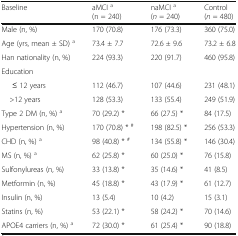
<table><thead><tr><td><b>Baseline</b></td><td><b>aMCI <sup>a</sup>(n = 240)</b></td><td><b>naMCI <sup>a</sup>(<i>n</i> = 240)</b></td><td><b>Control(<i>n</i> = 480)</b></td></tr></thead><tbody><tr><td>Male (n, %)</td><td>170 (70.8)</td><td>176 (73.3)</td><td>360 (75.0)</td></tr><tr><td>Age (yrs, mean ± SD) <sup>a</sup></td><td>73.4 ± 7.7</td><td>72.6 ± 9.6</td><td>73.2 ± 6.8</td></tr><tr><td>Han nationality (n, %)</td><td>224 (93.3)</td><td>220 (91.7)</td><td>460 (95.8)</td></tr><tr><td colspan="4">Education</td></tr><tr><td>≤ 12 years</td><td>112 (46.7)</td><td>107 (44.6)</td><td>231 (48.1)</td></tr><tr><td> &gt;12 years</td><td>128 (53.3)</td><td>133 (55.4)</td><td>249 (51.9)</td></tr><tr><td>Type 2 DM (n, %) <sup>a</sup></td><td>70 (29.2) *</td><td>66 (27.5) *</td><td>84 (17.5)</td></tr><tr><td>Hypertension (n, %)</td><td>170 (70.8) * <sup>#</sup></td><td>198 (82.5) *</td><td>256 (53.3)</td></tr><tr><td>CHD (n, %) <sup>a</sup></td><td>98 (40.8) * <sup>#</sup></td><td>134 (55.8) *</td><td>146 (30.4)</td></tr><tr><td>MS (n, %) <sup>a</sup></td><td>62 (25.8) *</td><td>60 (25.0) *</td><td>76 (15.8)</td></tr><tr><td>Sulfonylureas (n, %)</td><td>33 (13.8) *</td><td>35 (14.6) *</td><td>41 (8.5)</td></tr><tr><td>Metformin (n, %)</td><td>45 (18.8) *</td><td>43 (17.9) *</td><td>61 (12.7)</td></tr><tr><td>Insulin (n, %)</td><td>13 (5.4)</td><td>10 (4.2)</td><td>15 (3.1)</td></tr><tr><td>Statins (n, %)</td><td>53 (22.1) *</td><td>58 (24.2) *</td><td>70 (14.6)</td></tr><tr><td>APOE4 carriers (n, %) <sup>a</sup></td><td>72 (30.0) *</td><td>61 (25.4) *</td><td>90 (18.8)</td></tr></tbody></table>